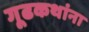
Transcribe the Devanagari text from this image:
गूढकथांना